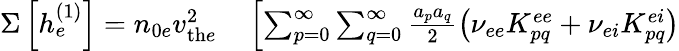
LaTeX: \begin{array}{rl}{\Sigma\left[h_{e}^{(1)}\right]=n_{0e}v_{\mathrm{th}e}^{2}}&{{}\left[\sum_{p=0}^{\infty}\sum_{q=0}^{\infty}\frac{a_{p}a_{q}}{2}\left(\nu_{ee}K_{pq}^{ee}+\nu_{ei}K_{pq}^{ei}\right)\right.}\end{array}